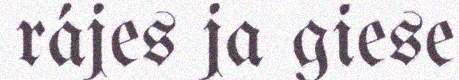
rájes ja giese